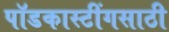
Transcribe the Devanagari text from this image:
पॉडकास्टींगसाठी